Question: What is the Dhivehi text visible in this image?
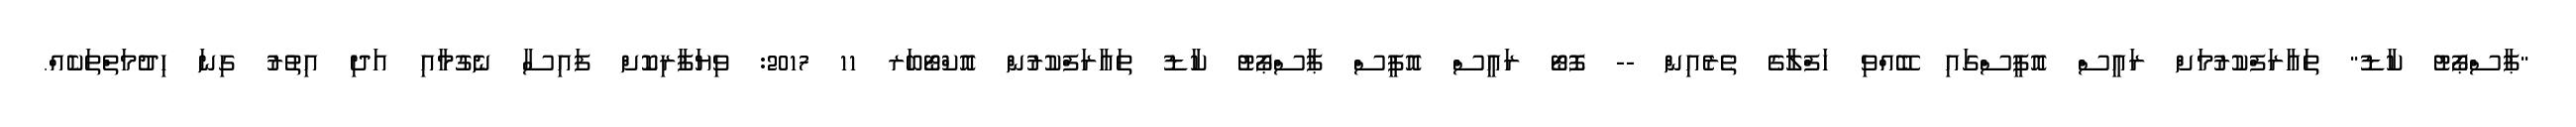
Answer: "ޕާސްޕޯޓު ކާޑު" ތައާރަފްކުރުމަށް ރައީސް އޮފީސްގައި ބޭއްވި ހަފްލާގެ ތެރެއިން -- ފޮޓޯ ރައީސް އޮފީސް ޕާސްޕޯޓު ކާޑު ތައާރަފްކުރުން އޮކްޓޯބަރ 11 2017: ވިޔަފާރިކޮށް ފައިސާ ނެގުމާއި އަދި އިތުރު ގިނަ ހިދުމަތްތަކެއް.